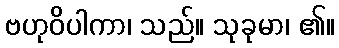
ဗဟုဝိပါကာ၊ သည်။ သုခုမာ၊ ၏။